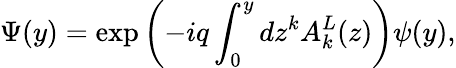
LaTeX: \Psi(y)=\exp\left({-iq\int_{0}^{y}{dz^{k}A_{k}^{L}(z)}}\right)\psi(y),